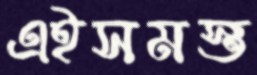
এইসমস্ত